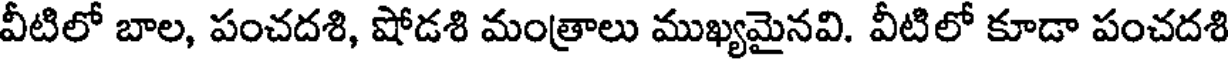
వీటిలో బాల, పంచదశి, షోడశి మంత్రాలు ముఖ్యమైనవి. వీటిలో కూడా పంచదశి